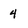
Character: 4